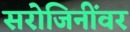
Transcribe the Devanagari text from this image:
सरोजिनींवर